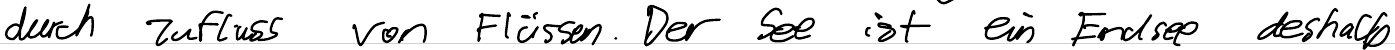
durch Zufluss von Flüssen. Der See ist ein Endsee deshalb